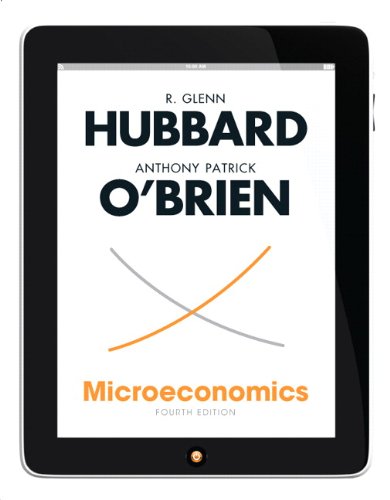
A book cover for Microeconomics (4th Edition) (The Pearson Series in Economics); Glenn P. Hubbard; Business & Money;